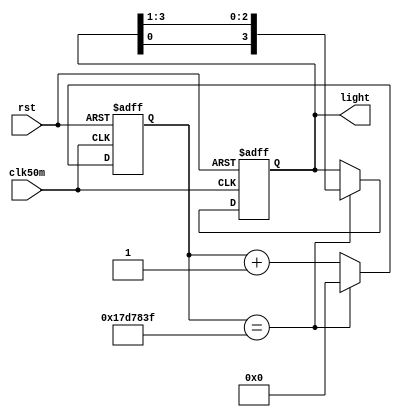
module led(
	clk50m,
	rst,
	light
);
	input clk50m;
	input rst;
	
	output reg [3:0] light;
	
	reg [24:0] cnt;
	parameter cnt_max=25'd 24999999;
	
	always@(posedge clk50m or negedge rst)
	
	if(rst == 1'b0)
		cnt <= 25'd0;
	else if (cnt == cnt_max)
		cnt <= 25'd0;
	else
		cnt <= cnt+ 1'b1;
	
	
	always@(posedge clk50m or negedge rst)
	if(rst == 1'b0)
		light <= 4'b0111;
	else if (cnt == cnt_max)
		light <= {light[0],light[3:1]};
	else 
		light <= light;

endmodule